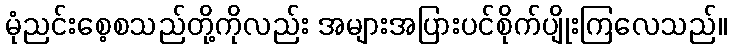
မုံညင်းစေ့စသည်တို့ကိုလည်း အများအပြားပင်စိုက်ပျိုးကြလေသည်။